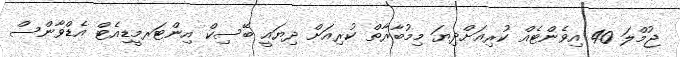
ޖުމްލަ 40 އިވެންޓެއް ކުރިއަށްދިޔަ މިމުބާރާތް ކުރިއަށް ދިޔައީ ބޭސިކް އިންޓަރމީޑިއެޓް އެޑްވާންސް